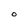
Character: O